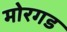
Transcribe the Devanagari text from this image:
मोरगड